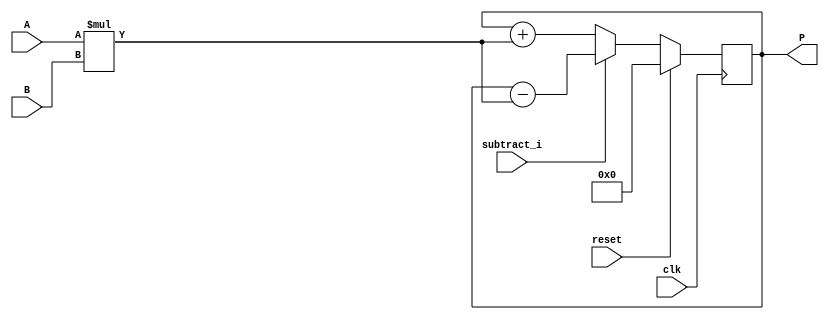
module dsp_mul_signed_in_not_reg_with_accum_output_is_not_reg (clk, reset, subtract_i, A, B, P);
	input clk, reset, subtract_i;
	input signed [19:0] A;
	input signed [17:0] B;
	output signed [37:0] P;
	reg signed [37:0] mul, add_or_sub;

	always @ (*)  begin
		mul  = A * B;
	end
	
	always @(posedge clk)  begin
		if(reset == 1) begin
			add_or_sub <= 0;
		end
		else if (subtract_i)
			add_or_sub <= P - mul;
		else
			add_or_sub <= P + mul;
	end

	assign P = add_or_sub;
	
endmodule